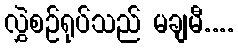
လွှဲစဉ်ရုပ်သည် မချမီ....